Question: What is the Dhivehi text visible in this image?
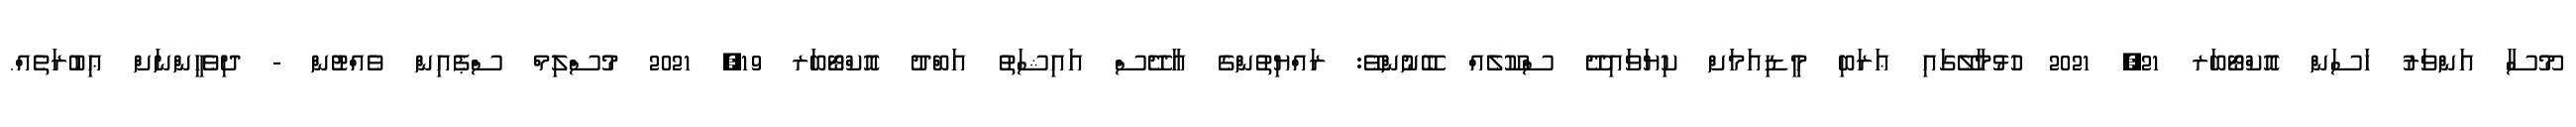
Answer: މޫސާ އަންވަރު ހަސަން އޮކްޓޯބަރ 21, 2021 ހުޅުމާލޭގައި ޢަރަބި މީޑިއަމަށް ކިޔަވައިދޭ ސްކޫލެއް ބޭނުންވޭ: ރައްޔިތުންގެ އާދޭސް އައިޝަތު އަބްދު އޮކްޓޯބަރ 19, 2021 މުސްލިމް ސްޕެއިން ވެއްޓުން - ދިވެހީންނަށް ޢިބުރަތެއް.